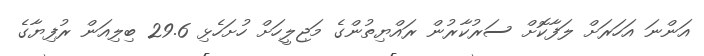
އަންނަ އަހަރަށް ލަފާކޮށް ސަރުކާރުން ރައްޔިތުންގެ މަޖިލީހަށް ހުށަހެޅި 29.6 ބިލިއަން ރުފިޔާގެ